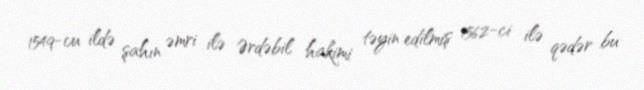
1549-cu ildə şahın əmri ilə Ərdəbil hakimi təyin edilmiş 1562-ci ilə qədər bu